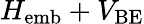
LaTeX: H_{\mathrm{emb}}+V_{\mathrm{BE}}